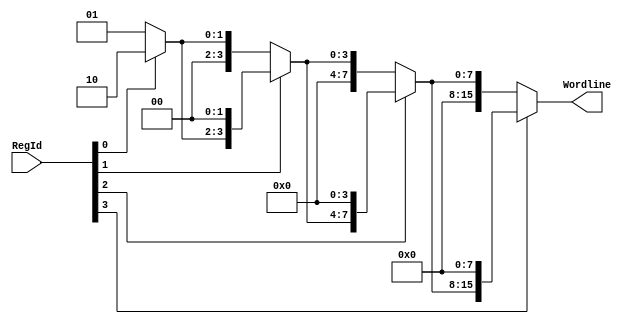
/*
 * ReadDecoder_4_16.v
 * Shawn Zhu
 * ECE552
 */
module ReadDecoder_4_16(RegId, Wordline);
input [3:0] RegId;
output [15:0] Wordline;

wire[15:0] shift1, shift2, shift4; //Intermediate signals for the barrel shifter

//Implement the barrel shifter
assign shift1 = (RegId[0]) ? 16'h0002 : 16'h0001;  //one of the signals always has to be 1
assign shift2 = (RegId[1]) ? shift1 << 2 : shift1;
assign shift4 = (RegId[2]) ? shift2 << 4 : shift2;
assign Wordline = (RegId[3]) ? shift4 << 8 : shift4;

endmodule